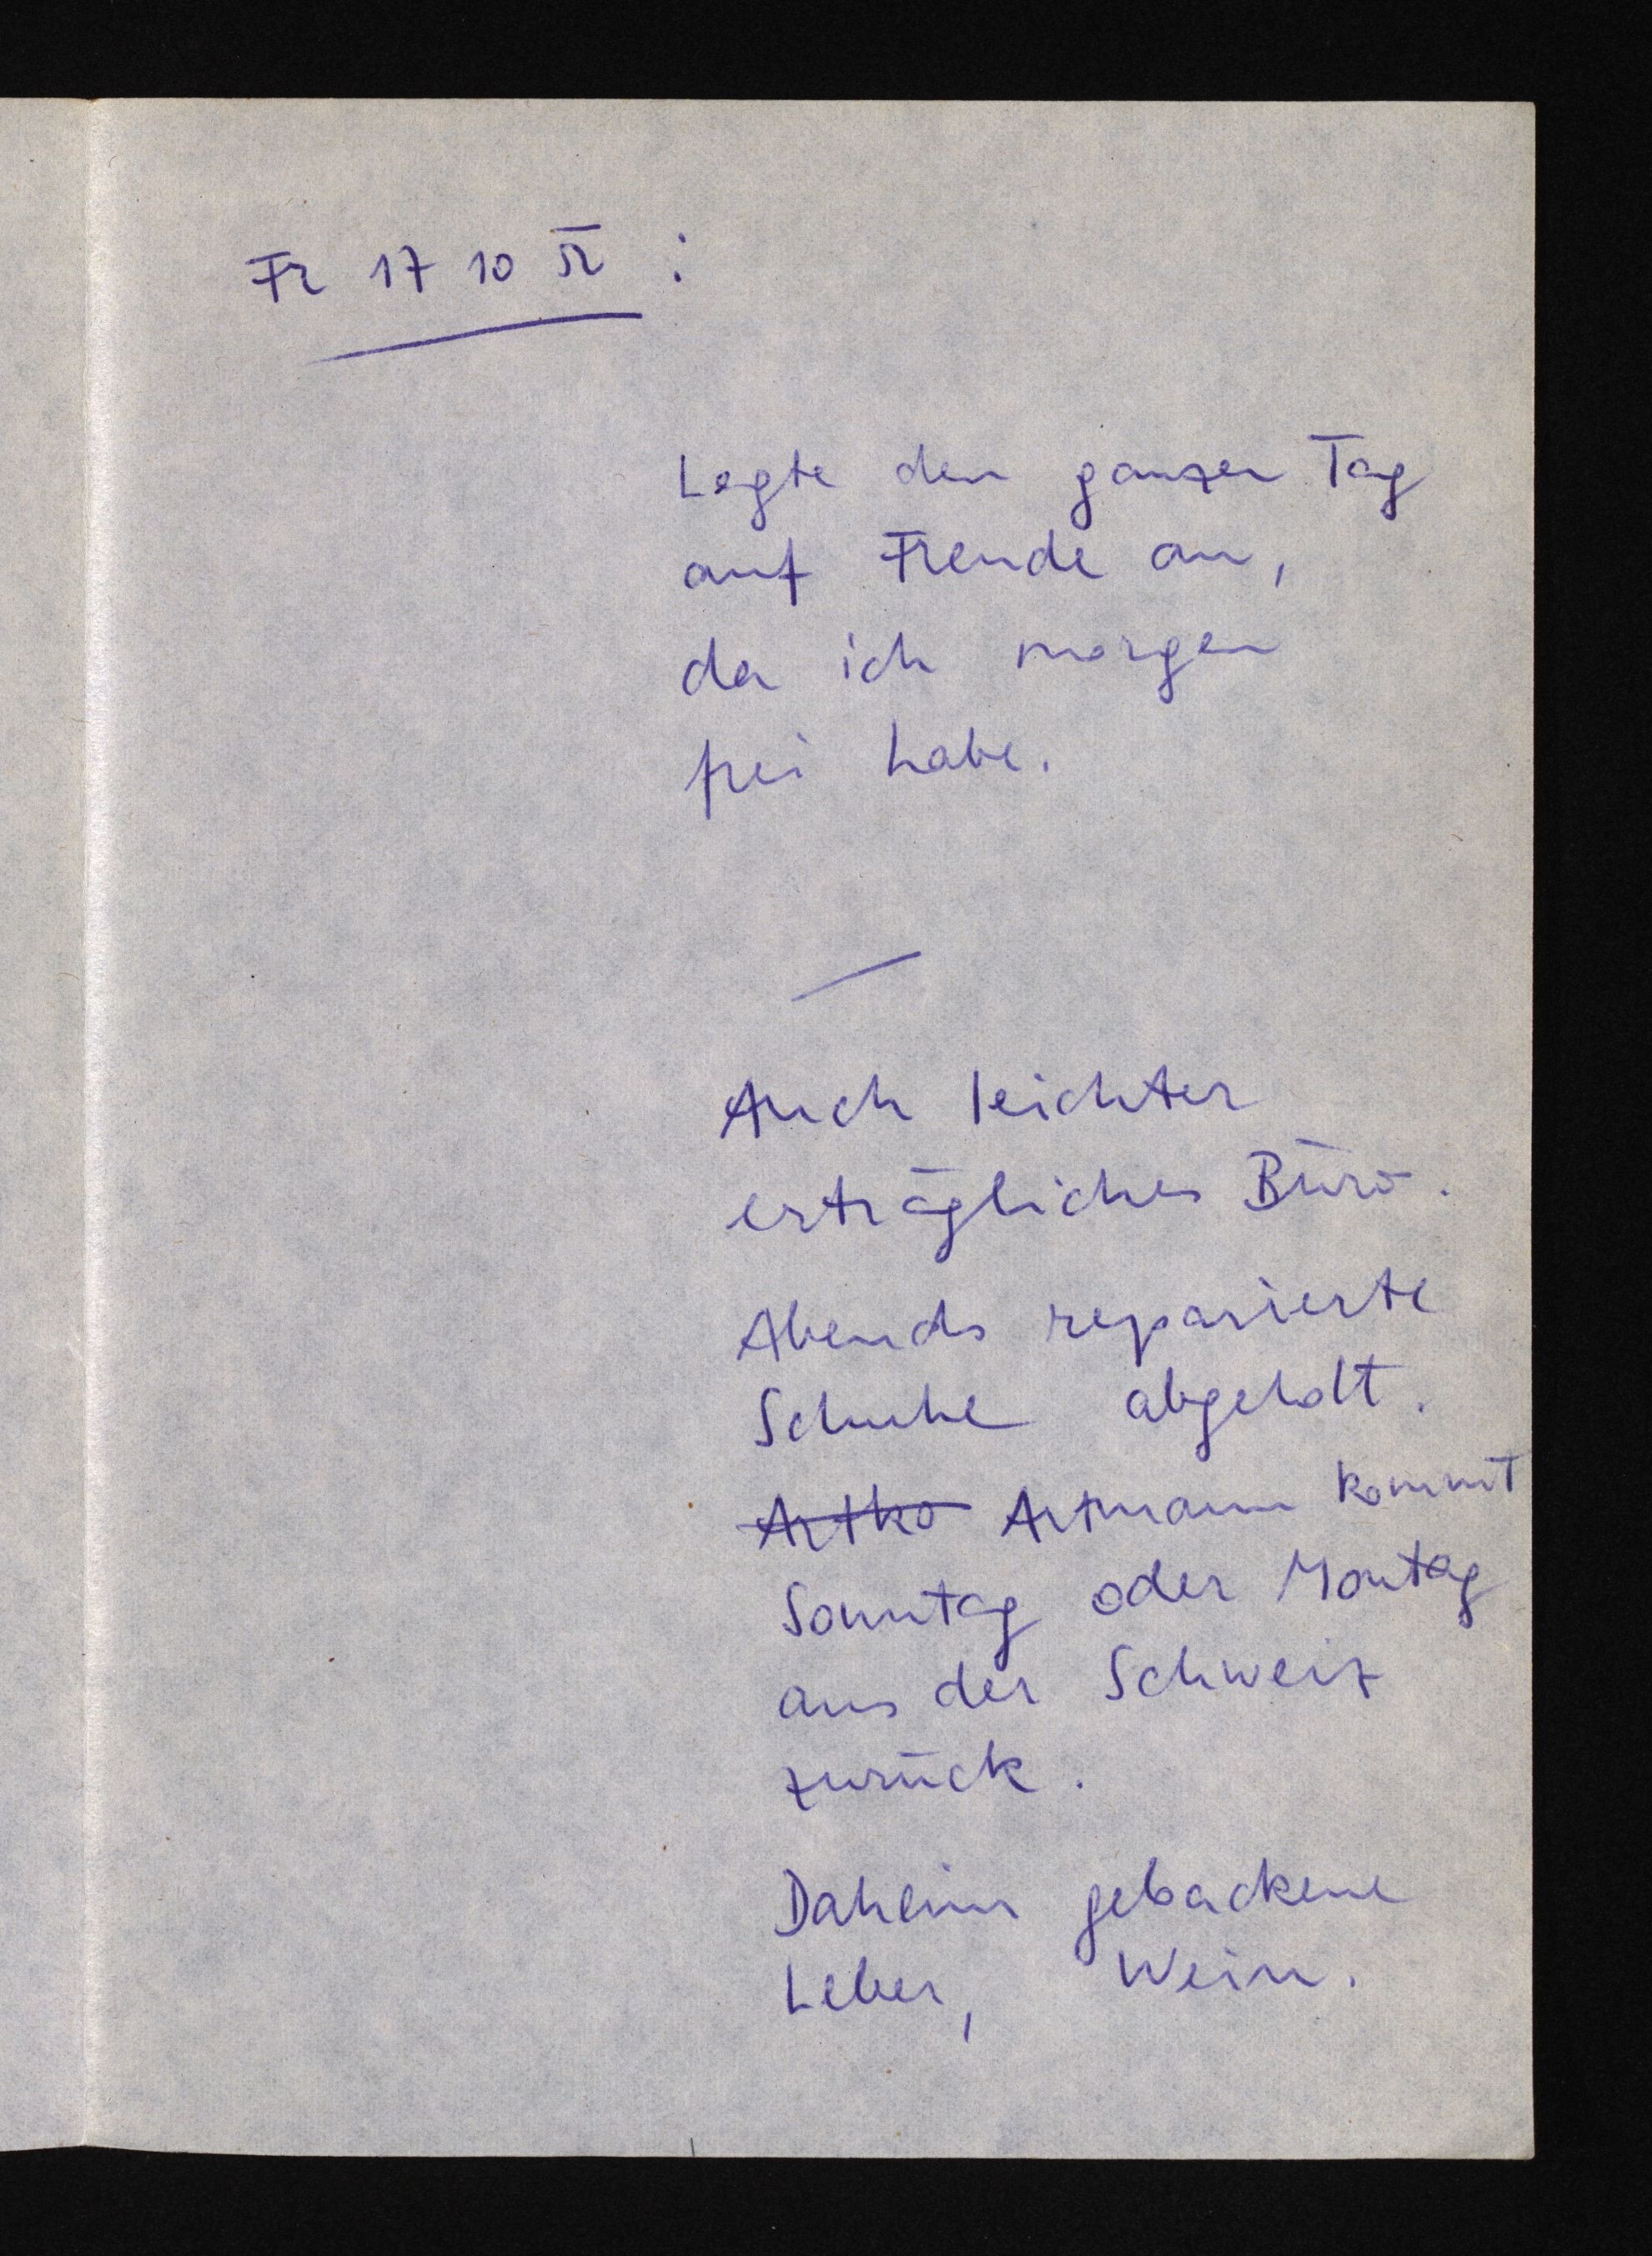
Fr 17 10 52:
Legte den ganzen Tag
auf Freude an,
da ich morgen
frei habe.
Auch leichter
erträgliches Büro.
Abends reparierte
Schuhe abgeholt.
Artko Artmann kommt
Sonntag oder Montag
aus der Schweiz
zurück.
Daheim gebackene
Leber, Wein.